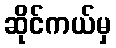
ဆိုင်ကယ်မှ